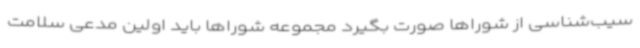
سیب‌شناسی از شوراها صورت بگیرد مجموعه شوراها باید اولین مدعی سلامت